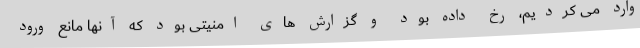
وارد می کردیم، رخ داده بود و گزارش های امنیتی بود که آنها مانع ورود